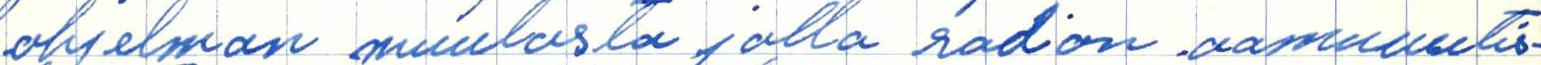
Ohjelman muutosta jolla radion aamuuutis-